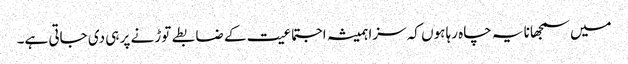
میں سمجھانا یہ چاہ رہا ہوں کہ سزا ہمیشہ اجتماعیت کے ضابطے توڑنے پر ہی دی جاتی ہے۔